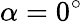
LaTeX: \alpha=0^{\circ}